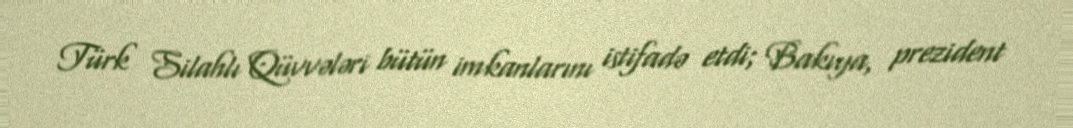
Türk Silahlı Qüvvələri bütün imkanlarını istifadə etdi; Bakıya, prezident